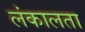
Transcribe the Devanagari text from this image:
लंकालता